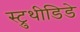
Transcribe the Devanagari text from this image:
स्ट्रुथीडिडे